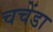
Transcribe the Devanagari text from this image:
चचेंडा